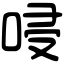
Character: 唚